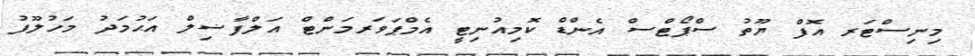
މިނިސްޓަރ އޮފް ޔޫތު ސްޕޯޓްސް އެންޑް ކޮމިއުނިޓީ އެމްޕަވަރމަންޓް އަލްފާޟިލް އަޙުމަދު މަހުލޫފު